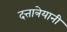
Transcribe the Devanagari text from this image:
दत्तात्रेयानी